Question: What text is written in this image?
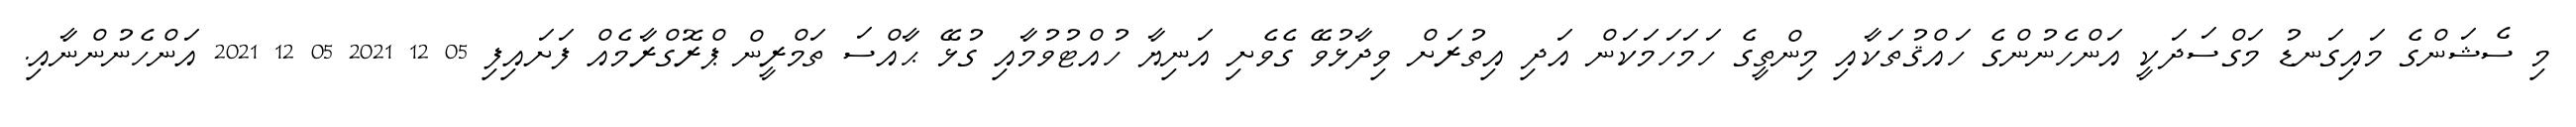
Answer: މި ސެޝަންގެ މައިގަނޑު މަގްސަދަކީ އަންހެނުންގެ ހައްޤުތަކާއި މިންތީގެ ހަމަހަމަކަން އަދި އިތުރަށް ވިދާޅުވޭ ގެވެށި އަނިޔާ ހުއްޓުވުމާއި ގުޅޭ ޙާއްސަ ތަމްރީން ޕްރޮގްރާމެއް ފަށައިފި 05 12 2021 05 12 2021 އަންހެނުންނާއި.